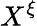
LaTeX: X^{\xi}